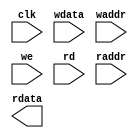
module intra_ram_2p_16x120 (
    				clk     ,
    				wdata   ,
    				waddr   ,
    				we      ,
    				rd      ,
    				raddr   ,
    				rdata  
);

// ********************************************
//                                             
//    Input/Output DECLARATION                    
//                                             
// ********************************************
input                clk   ; 
input [15:0]		 wdata ;
input [7:0]          waddr ;
input   	         we    ;
input    	         rd    ;
input [7:0]          raddr ;
output [15:0]   	 rdata ;

// ********************************************
//                                             
//    Logic DECLARATION                 
//                                             
// ********************************************
`ifdef RTL_MODEL
rf_2p #(.Addr_Width(7), .Word_Width(16))	
	   rf_2p_16x120 (
				.clka    ( clk       ),  
				.cena_i  ( ~rd       ),
		        .addra_i ( raddr[6:0]),
		        .dataa_o ( rdata     ),
				.clkb    ( clk       ),     
				.cenb_i  ( ~we       ),  
				.wenb_i  ( ~we       ),   
				.addrb_i ( waddr[6:0]),
				.datab_i ( wdata     )
);
`endif 

`ifdef FPGA_MODEL
ram_2p_16x120 u_ram_2p_16x120 (
	.clock    (clk        ),
	.data     (wdata      ),
	.wraddress(waddr[6:0] ),
	.wren     (we         ),  //write : high active 
	.rdaddress(raddr[6:0] ),
	.rden     (rd         ),  //read :  high active 
	.q        (rdata      )
);
`endif 

`ifdef SMIC13_MODEL

`endif

endmodule